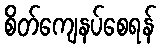
စိတ်ကျေနပ်စေရန်